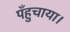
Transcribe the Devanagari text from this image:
पँहुचाया।